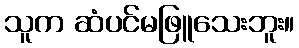
သူက ဆံပင်မဖြူသေးဘူး။